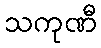
သကုဏီ